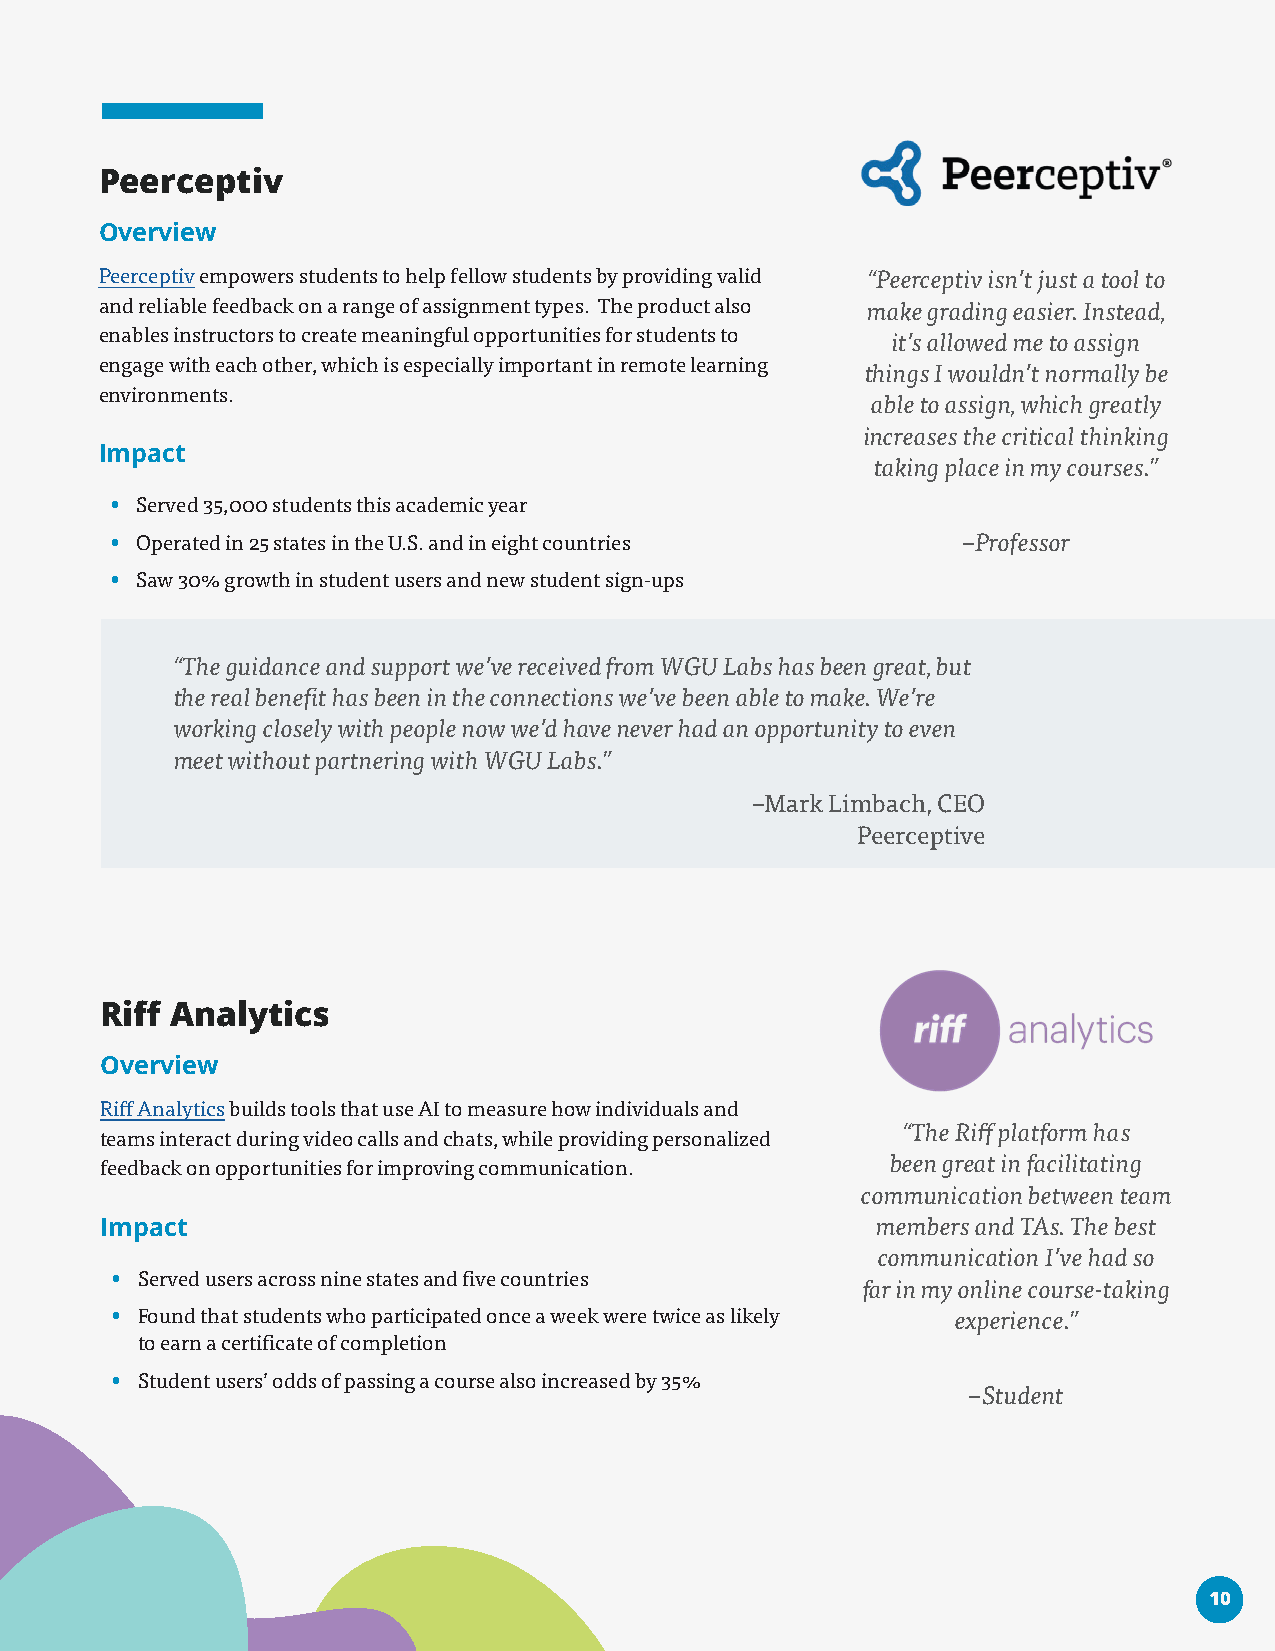
Peerceptiv
 Overview
 Peerceptiv empowers students to help fellow students by providing valid “Peerceptiv isn’t just a tool to
 and reliable feedback on a range of assignment types. The product also make grading easier. Instead,
 enables instructors to create meaningful opportunities for students to it’s allowed me to assign
 engage with each other, which is especially important in remote learning
 things I wouldn’t normally be
 environments.
 able to assign, which greatly
 increases the critical thinking
 Impact
 taking place in my courses.”
 • Served 35,000 students this academic year
 • Operated in 25 states in the U.S. and in eight countries –Professor
 • Saw 30% growth in student users and new student sign-ups
 “The guidance and support we’ve received from WGU Labs has been great, but
 the real benefit has been in the connections we’ve been able to make. We’re
 working closely with people now we’d have never had an opportunity to even
 meet without partnering with WGU Labs.”
 –Mark Limbach, CEO
 Peerceptive
 Riff Analytics
 Overview
 Riff Analytics builds tools that use AI to measure how individuals and
 “The Riff platform has
 teams interact during video calls and chats, while providing personalized
 feedback on opportunities for improving communication. been great in facilitating
 communication between team
 Impact                                             members and TAs. The best
 communication I’ve had so
 • Served users across nine states and five countries
 far in my online course-taking
 • Found that students who participated once a week were twice as likely experience.”
 to earn a certificate of completion
 • Student users’ odds of passing a course also increased by 35%
 –Student
 10